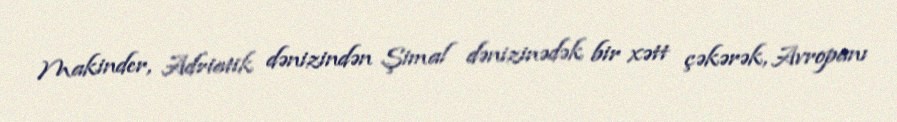
Makinder, Adriatik dənizindən Şimal dənizinədək bir xətt çəkərək, Avropanı